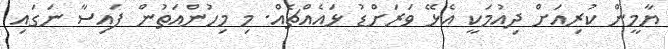
ޔާމީން ކުރިއަށް ދިއުމަކީ އެޅޭ ވަރަށްޑު ޅައެއްޗެއް. މި މިހުންއަތުން ފައިސާ ނަގައި